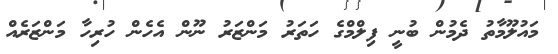
މައުލޫމާތު ދެމުން ބުނީ ފިލްމްގެ ހަތަރު މަންޒަރު ނޫން އެހެން ހުރިހާ މަންޒަރެއް